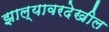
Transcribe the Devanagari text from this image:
झाल्यावरदेखील